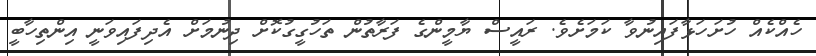
ހެއްކެއް ހުށަހަޅާފައިނުވާ ކަމަށެވެ. ރައީސް ޔާމީންގެ ފަރާތުން ތަހުގީގުކޮށް ދިނުމަށް އެދިފައިވަނީ އިންތިހާބީ